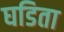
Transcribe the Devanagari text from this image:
घडिता